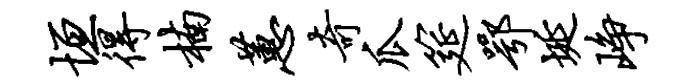
垣得楠蕙奇瓜筵鄂埏峥